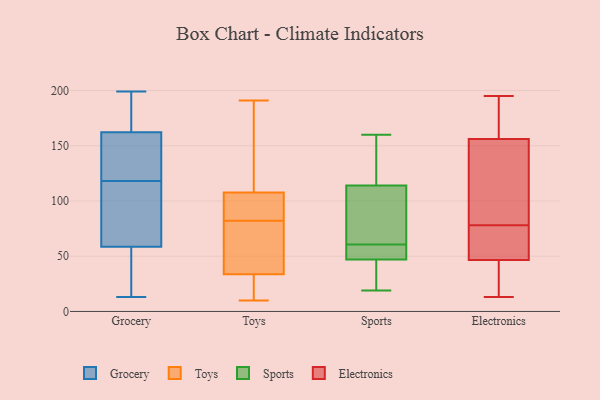
{"axis": {"x": "Inventory Turnover", "y": "Value"}, "legend": ["Electronics", "Grocery", "Sports", "Toys"], "data": [{"x": "", "y": 155, "type": "Grocery"}, {"x": "", "y": 13, "type": "Grocery"}, {"x": "", "y": 32, "type": "Grocery"}, {"x": "", "y": 199, "type": "Grocery"}, {"x": "", "y": 150, "type": "Grocery"}, {"x": "", "y": 52, "type": "Grocery"}, {"x": "", "y": 180, "type": "Grocery"}, {"x": "", "y": 89, "type": "Grocery"}, {"x": "", "y": 38, "type": "Grocery"}, {"x": "", "y": 197, "type": "Grocery"}, {"x": "", "y": 86, "type": "Grocery"}, {"x": "", "y": 174, "type": "Grocery"}, {"x": "", "y": 78, "type": "Grocery"}, {"x": "", "y": 69, "type": "Grocery"}, {"x": "", "y": 55, "type": "Grocery"}, {"x": "", "y": 164, "type": "Grocery"}, {"x": "", "y": 118, "type": "Grocery"}, {"x": "", "y": 157, "type": "Grocery"}, {"x": "", "y": 138, "type": "Grocery"}, {"x": "", "y": 10, "type": "Toys"}, {"x": "", "y": 92, "type": "Toys"}, {"x": "", "y": 185, "type": "Toys"}, {"x": "", "y": 63, "type": "Toys"}, {"x": "", "y": 159, "type": "Toys"}, {"x": "", "y": 101, "type": "Toys"}, {"x": "", "y": 161, "type": "Toys"}, {"x": "", "y": 33, "type": "Toys"}, {"x": "", "y": 19, "type": "Toys"}, {"x": "", "y": 191, "type": "Toys"}, {"x": "", "y": 100, "type": "Toys"}, {"x": "", "y": 18, "type": "Toys"}, {"x": "", "y": 85, "type": "Toys"}, {"x": "", "y": 110, "type": "Toys"}, {"x": "", "y": 79, "type": "Toys"}, {"x": "", "y": 62, "type": "Toys"}, {"x": "", "y": 23, "type": "Toys"}, {"x": "", "y": 36, "type": "Toys"}, {"x": "", "y": 82, "type": "Toys"}, {"x": "", "y": 114, "type": "Sports"}, {"x": "", "y": 47, "type": "Sports"}, {"x": "", "y": 58, "type": "Sports"}, {"x": "", "y": 160, "type": "Sports"}, {"x": "", "y": 19, "type": "Sports"}, {"x": "", "y": 34, "type": "Sports"}, {"x": "", "y": 47, "type": "Sports"}, {"x": "", "y": 63, "type": "Sports"}, {"x": "", "y": 115, "type": "Sports"}, {"x": "", "y": 108, "type": "Sports"}, {"x": "", "y": 73, "type": "Electronics"}, {"x": "", "y": 68, "type": "Electronics"}, {"x": "", "y": 58, "type": "Electronics"}, {"x": "", "y": 142, "type": "Electronics"}, {"x": "", "y": 106, "type": "Electronics"}, {"x": "", "y": 182, "type": "Electronics"}, {"x": "", "y": 195, "type": "Electronics"}, {"x": "", "y": 28, "type": "Electronics"}, {"x": "", "y": 13, "type": "Electronics"}, {"x": "", "y": 35, "type": "Electronics"}, {"x": "", "y": 170, "type": "Electronics"}, {"x": "", "y": 83, "type": "Electronics"}]}